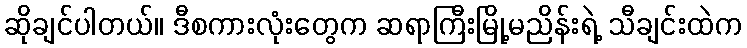
ဆိုချင်ပါတယ်။ ဒီစကားလုံးတွေက ဆရာကြီးမြို့မညိန်းရဲ့ သီချင်းထဲက